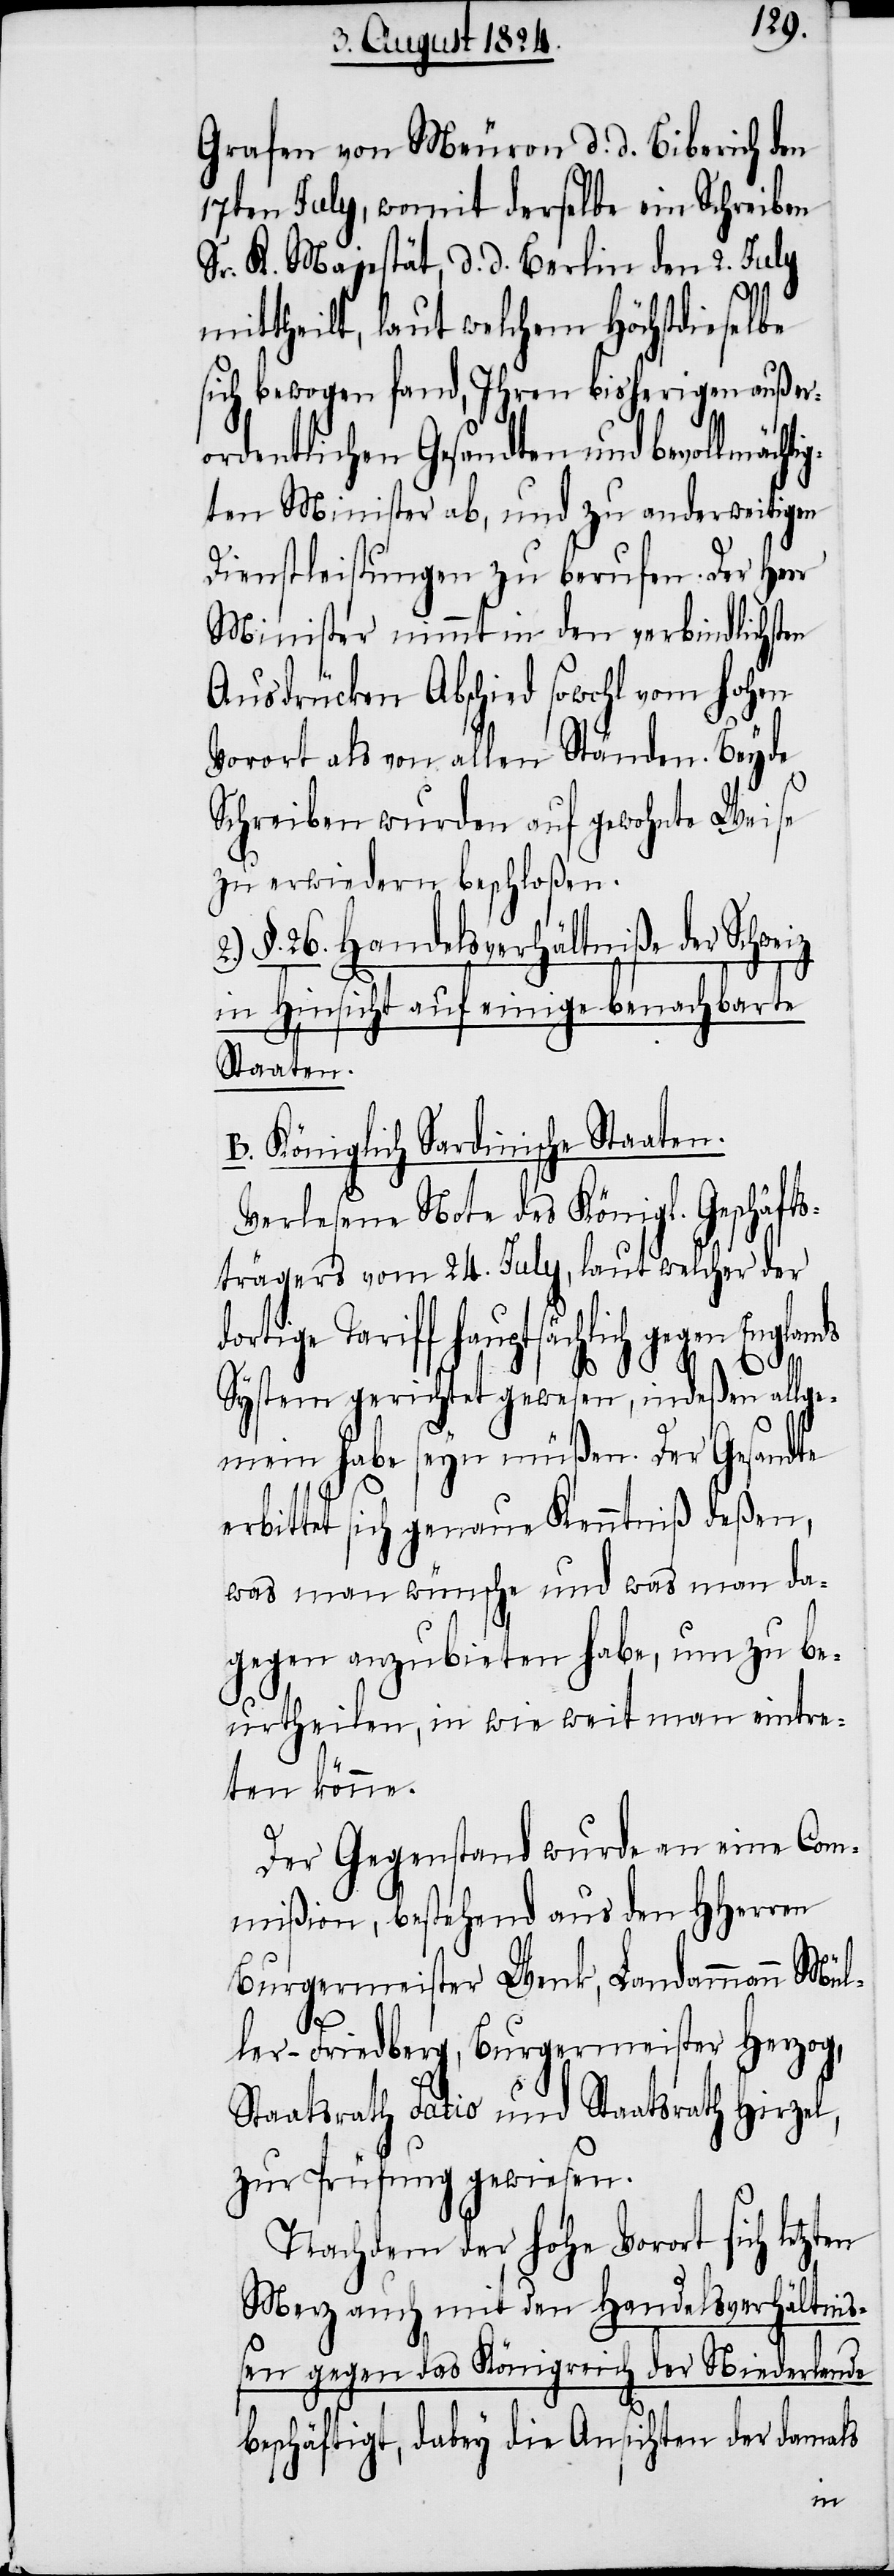
Grafen von Meuron d. d. Biberich den
17ten July, womit derselbe ein Schreiben
Sr. K. Majestät d. d. Berlin den 2. July
mittheilt, laut welchem Höchstdieselbe
sich bewogen fand, Ihren bisherigen außer¬
ordentlichen Gesandten und bevollmächt¬
ten Minister ab, und zu anderweitigen
Dienstleistungen zu berufen. Der Herr
Minister nimmt in den verbindlichsten
Ausdrücken Abschied sowohl vom hohen
Vorort als von allen Ständen. Beyde
Schreiben wurden auf gewohnte Weise
zu erwiedern beschloßen.
§. 26. Handelsverhältniße der Schwe¬
in Hinsicht auf einige benachbarte
Staaten.
B. Königlich Sardinische Staaten.
Verlesene Note des Königl. Geschäfts¬
trägers vom 24. July, laut welcher der
dortige Tariff hauptsächlich gegen Englands
iz
System gerichtet gewesen, indeßen allg¬
emein habe seyn müßen. Der Gesandte
erbittet sich genaue Kenntniß deßen,
was man wünsche und was man da¬
gegen anzubieten habe, um zu be¬
urtheilen, in wie weit man eintre¬
ten könne.
Der Gegenstand wurde an eine Com¬
mißion, bestehend aus den HHerren
Burgermeister Wenk, Landammann Mül¬
ler-Friedberg, Burgermeister Herzog,
Staatsrath Latio und Staatsrath Hirzel,
zur Prüfung überwiesen.
Nachdem der hohe Vorort sich letzten
Merz auch mit den Handelsverhältni¬
ßen gegen das Königreich der Niederlande
beschäftigt, dabey die Ansichten der damals